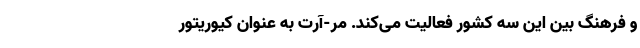
و فرهنگ بین این سه کشور فعالیت می‌کند. مَر-آرت به عنوانِ کیوریتورِ